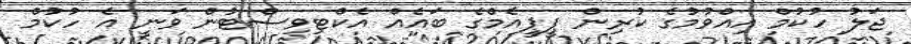
ޖަލު ހުކުމް އިއްވުމުގެ ކުރިން ޕީޕީއެމްގެ ބައެއް އެކްޓިވިސްޓުން ވަނީ އެ ހުކުމް